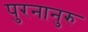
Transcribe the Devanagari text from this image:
पुरनानुरु